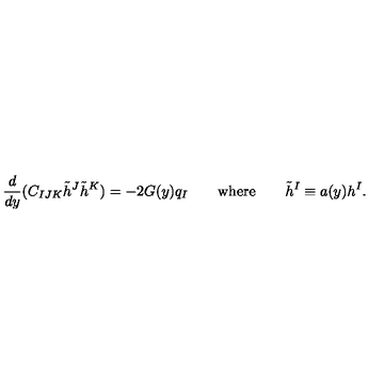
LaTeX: { \frac { d } { d y } } ( C _ { I J K } \tilde { h } ^ { J } \tilde { h } ^ { K } ) = - 2 G ( y ) q _ { I } \qquad \mathrm { w h e r e } \qquad \tilde { h } ^ { I } \equiv a ( y ) h ^ { I } .